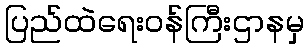
ပြည်ထဲရေးဝန်ကြီးဌာနမှ